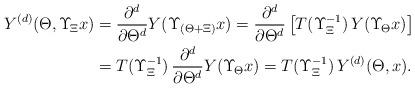
LaTeX: \begin{align*}Y^{(d)}(\Theta,\Upsilon_{\!\Xi}x)&=\frac{\partial^d}{\partial\Theta^d}Y(\Upsilon_{(\Theta+\Xi)}x) =\frac{\partial^d}{\partial\Theta^d}\left[T(\Upsilon_\Xi^{-1})\,Y(\Upsilon_{\!\Theta}x)\right]\\&=T(\Upsilon_\Xi^{-1})\,\frac{\partial^d}{\partial\Theta^d}Y(\Upsilon_{\!\Theta}x)=T(\Upsilon_\Xi^{-1})\,Y^{(d)}(\Theta,x).\end{align*}